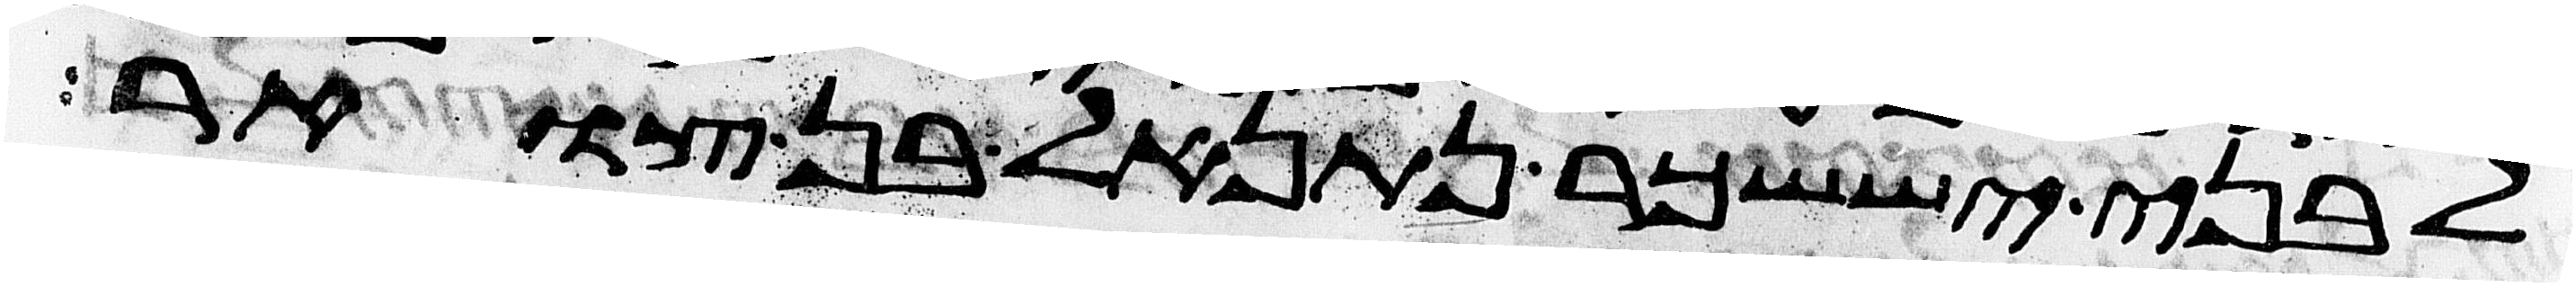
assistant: לבני יששכר נתנאל בן צוער